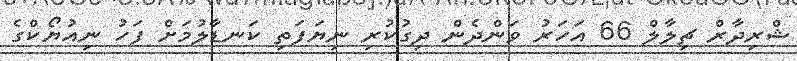
ޝްރިދާރް ޗިލާލް 66 އަހަރު ވަންދެން ދިގުކުރި ނިޔަފަތި ކަނޑާލުމަށް ފަހު ނިއުޔޯކްގެ